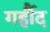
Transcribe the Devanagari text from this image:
गर्हौद